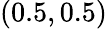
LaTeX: (0.5,0.5)